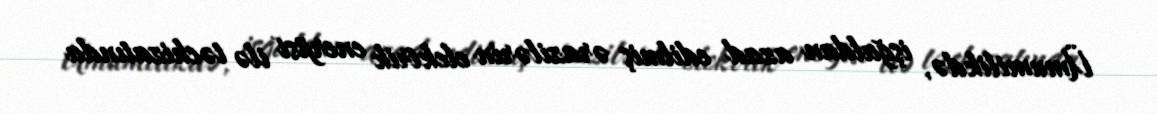
Ümumilikdə, işğaldan azad edilmiş ərazilərin elektrik enerjisi ilə təchizatında